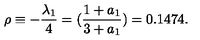
\rho \equiv - \frac { \lambda _ { 1 } } { 4 } = ( \frac { 1 + a _ { 1 } } { 3 + a _ { 1 } } ) = 0 . 1 4 7 4 .